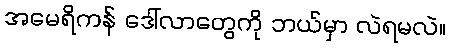
အမေရိကန် ဒေါ်လာတွေကို ဘယ်မှာ လဲရမလဲ။